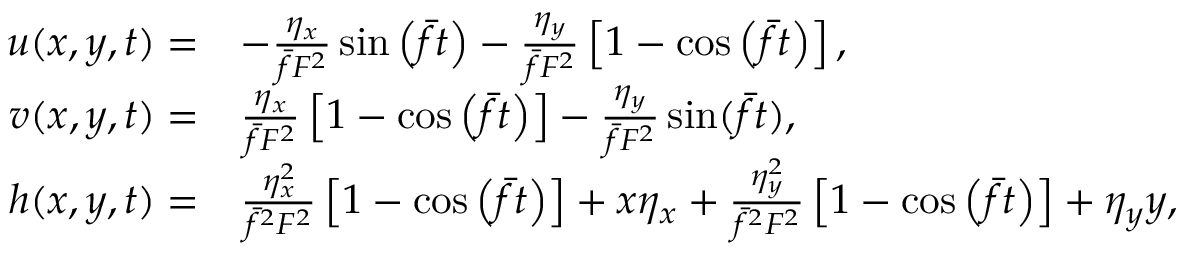
\begin{array} { r l } { u ( x , y , t ) = } & { - \frac { \eta _ { x } } { \bar { f } F ^ { 2 } } \sin \left( \bar { f } t \right) - \frac { \eta _ { y } } { \bar { f } F ^ { 2 } } \left[ 1 - \cos \left( \bar { f } t \right) \right] , } \\ { v ( x , y , t ) = } & { \frac { \eta _ { x } } { \bar { f } F ^ { 2 } } \left[ 1 - \cos \left( \bar { f } t \right) \right] - \frac { \eta _ { y } } { \bar { f } F ^ { 2 } } \sin ( \bar { f } t ) , } \\ { h ( x , y , t ) = } & { \frac { \eta _ { x } ^ { 2 } } { \bar { f } ^ { 2 } F ^ { 2 } } \left[ 1 - \cos \left( \bar { f } t \right) \right] + x \eta _ { x } + \frac { \eta _ { y } ^ { 2 } } { \bar { f } ^ { 2 } F ^ { 2 } } \left[ 1 - \cos \left( \bar { f } t \right) \right] + \eta _ { y } y , } \end{array}